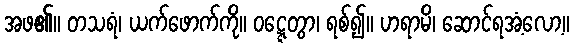
အဖ၏။ တသရံ၊ ယက်ဖောက်ကို။ ဝဋ္ဋေတွာ၊ ရစ်၍။ ဟရာမိ၊ ဆောင်ရအံ့လော့။